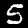
Digit: 5